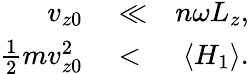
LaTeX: \begin{array}{rlr}{v_{z0}}&{{}\ll}&{n\omega L_{z},}\\ {\frac{1}{2}mv_{z0}^{2}}&{{}<}&{\langle H_{1}\rangle.}\end{array}